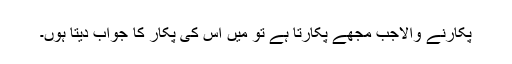
پکارنے والاجب مجھے پکارتا ہے تو میں اس کی پکار کا جواب دیتا ہوں۔